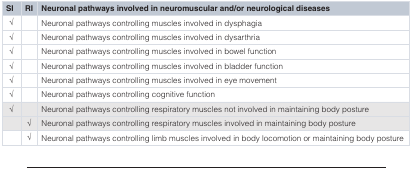
<table><thead><tr><td><b>SI</b></td><td><b>RI</b></td><td><b>Neuronal pathways involved in neuromuscular and/or neurological diseases</b></td></tr></thead><tbody><tr><td>√</td><td></td><td>Neuronal pathways controlling muscles involved in dysphagia</td></tr><tr><td>√</td><td></td><td>Neuronal pathways controlling muscles involved in dysarthria</td></tr><tr><td>√</td><td></td><td>Neuronal pathways controlling muscles involved in bowel function</td></tr><tr><td>√</td><td></td><td>Neuronal pathways controlling muscles involved in bladder function</td></tr><tr><td>√</td><td></td><td>Neuronal pathways controlling muscles involved in eye movement</td></tr><tr><td>√</td><td></td><td>Neuronal pathways controlling cognitive function</td></tr><tr><td>√</td><td></td><td>Neuronal pathways controlling respiratory muscles not involved in maintaining body posture</td></tr><tr><td></td><td>√</td><td>Neuronal pathways controlling respiratory muscles involved in maintaining body posture</td></tr><tr><td></td><td>√</td><td>Neuronal pathways controlling limb muscles involved in body locomotion or maintaining body posture</td></tr></tbody></table>